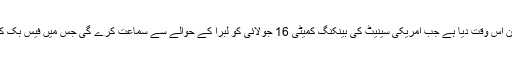
قابل غور بات یہ ہے کہ ٹرمپ نے یہ بیان اس وقت دیا ہے جب امریکی سینیٹ کی بینکنگ کمیٹی 16 جولائی کو لبرا کے حوالے سے سماعت کرے گی جس میں فیس بک کے اعلیٰ عہدیداروں کو طلب کیا جائے گا۔